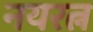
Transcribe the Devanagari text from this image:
नयरत्न